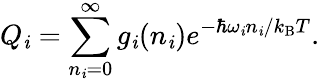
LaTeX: Q_{\mathit{i}}=\sum_{n_{\mathit{i}}=0}^{\infty}g_{\mathit{i}}(n_{\mathit{i}})e^{-\hbar\omega_{\mathit{i}}n_{\mathit{i}}/k_{\mathrm{{B}}}T}.